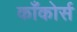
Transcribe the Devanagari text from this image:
काँकोर्स